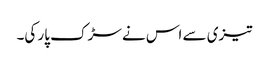
تیزی سے اس نے سڑک پار کی۔